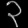
Digit: ၃